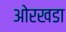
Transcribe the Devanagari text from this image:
ओरखडा